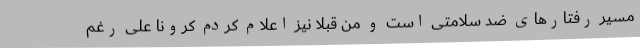
مسیر رفتارهای ضد سلامتی است و من قبلا نیز اعلام کردم کرونا علی رغم